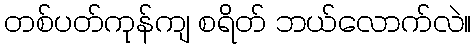
တစ်ပတ်ကုန်ကျ စရိတ် ဘယ်လောက်လဲ။